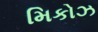
મિકોઝ